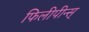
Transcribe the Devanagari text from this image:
फिलीपीन्स्